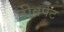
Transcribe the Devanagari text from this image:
तीव्रपेट